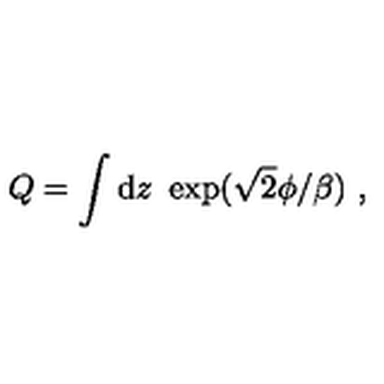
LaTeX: Q = \int \mathrm { d } z \ \exp ( \sqrt 2 \phi / \beta ) \ ,